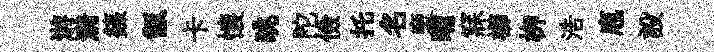
㳺漪籙甑卡懐眺陀儉托名褏晡寐櫛栁浩庖設